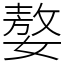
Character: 嫯